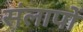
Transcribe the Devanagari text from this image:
संलापों